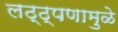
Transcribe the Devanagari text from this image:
लठ्ठ्पणामुळे